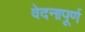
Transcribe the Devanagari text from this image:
वेदनापूर्ण